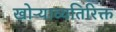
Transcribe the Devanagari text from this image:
खोऱ्याव्यतिरिक्त